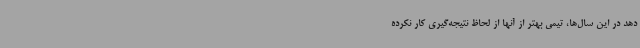
دهد در این سال‌ها، تیمی بهتر از آنها از لحاظ نتیجه‌گیری کار نکرده